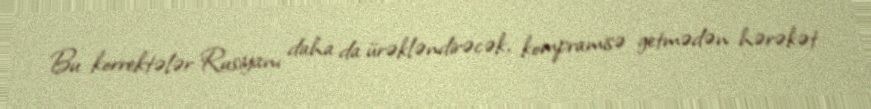
Bu korrektələr Rusiyanı daha da ürəkləndirəcək, kompramisə getmədən hərəkət